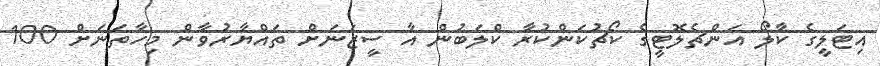
އިޓަލީގެ ކާލޯ އަންޗެލޮޓީގެ ކޯޗުކަންކުރާ ކްލަބުން އާ ސީޒަނަށް ތައްޔާރުވާން މިހާތަނަށް 100